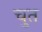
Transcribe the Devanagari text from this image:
चुत